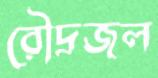
রৌদ্রজল